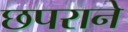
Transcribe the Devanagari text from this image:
छपराने